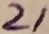
Text: 21